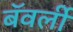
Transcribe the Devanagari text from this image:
बॅवर्ली